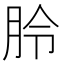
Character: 朎